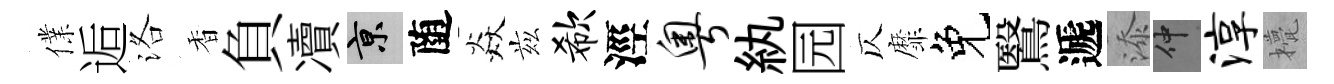
㒒逅洛香負凟京随焱兹欷涇粤紈园仄靡免鷖遞添仲淳甍